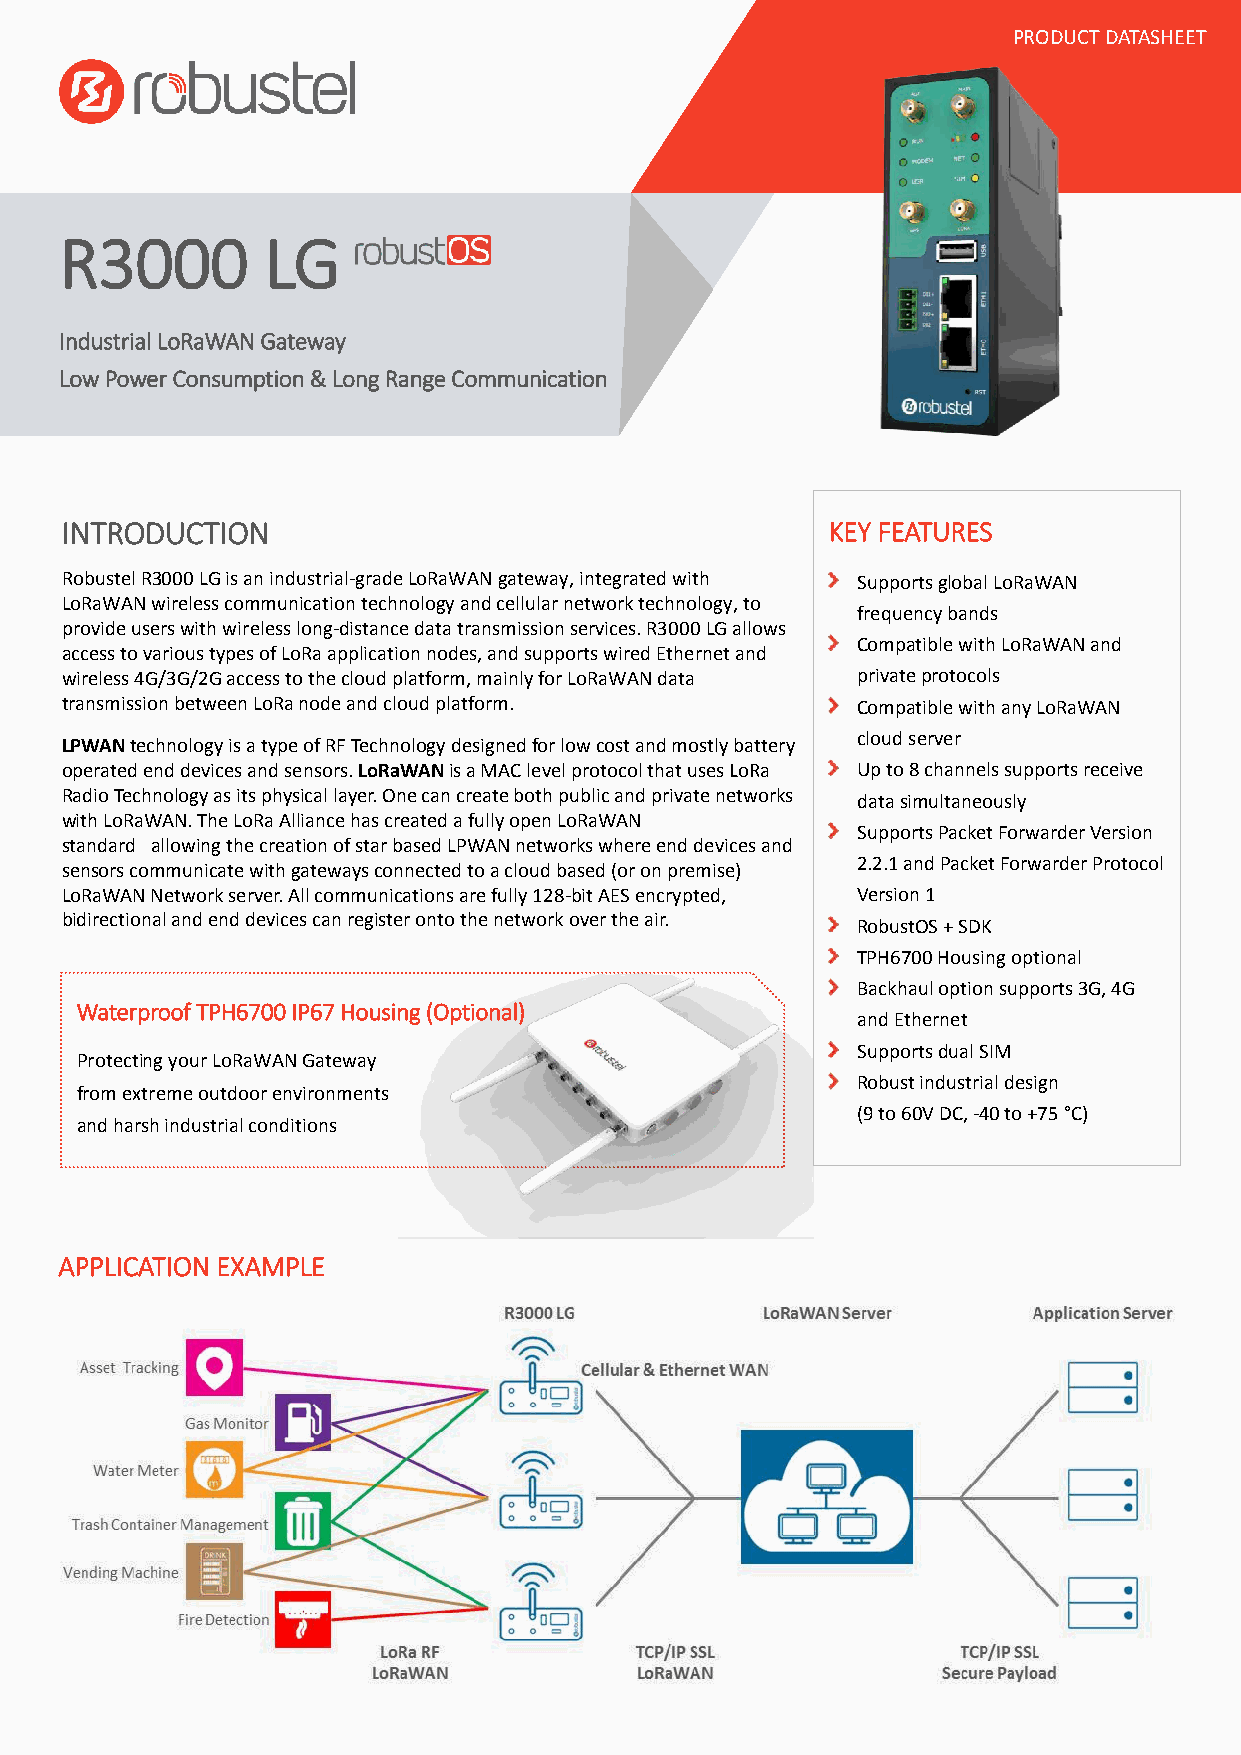
PRODUCT DATASHEET
 R3000        LG
 Industrial LoRaWAN Gateway
 Low Power Consumption & Long Range Communication
 INTRODUCTION                                       KEY FEATURES
 Robustel R3000 LG is an industrial-grade LoRaWAN gateway, integrated with Supports global LoRaWAN
 LoRaWAN wireless communication technology and cellular network technology, to
 frequency bands
 provide users with wireless long-distance data transmission services. R3000 LG allows
 Compatible with LoRaWAN and
 access to various types of LoRa application nodes, and supports wired Ethernet and
 wireless 4G/3G/2G access to the cloud platform, mainly for LoRaWAN data private protocols
 transmission between LoRa node and cloud platform.   Compatible with any LoRaWAN
 cloud server
 LPWAN technology is a type of RF Technology designed for low cost and mostly battery
 operated end devices and sensors. LoRaWAN is a MAC level protocol that uses LoRa Up to 8 channels supports receive
 Radio Technology as its physical layer. One can create both public and private networks data simultaneously
 with LoRaWAN. The LoRa Alliance has created a fully open LoRaWAN
 Supports Packet Forwarder Version
 standard allowing the creation of star based LPWAN networks where end devices and
 2.2.1 and Packet Forwarder Protocol
 sensors communicate with gateways connected to a cloud based (or on premise)
 LoRaWAN Network server. All communications are fully 128-bit AES encrypted, Version 1
 bidirectional and end devices can register onto the network over the air. RobustOS + SDK
 TPH6700 Housing optional
 Backhaul option supports 3G, 4G
 Waterproof TPH6700 IP67 Housing (Optional)
 and Ethernet
 Supports dual SIM
 Protecting your LoRaWAN Gateway
 Robust industrial design
 from extreme outdoor environments
 (9 to 60V DC, -40 to +75 °C)
 and harsh industrial conditions
 APPLICATION EXAMPLE